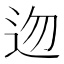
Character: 𨑥